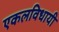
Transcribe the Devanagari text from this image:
एकलविधायी